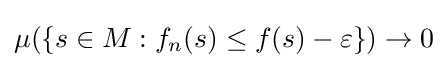
\mu (\{s\in M:f_{n}(s)\leq f(s)-\varepsilon \})\to 0